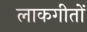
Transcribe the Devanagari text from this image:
लाकगीतों